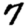
Digit: 7